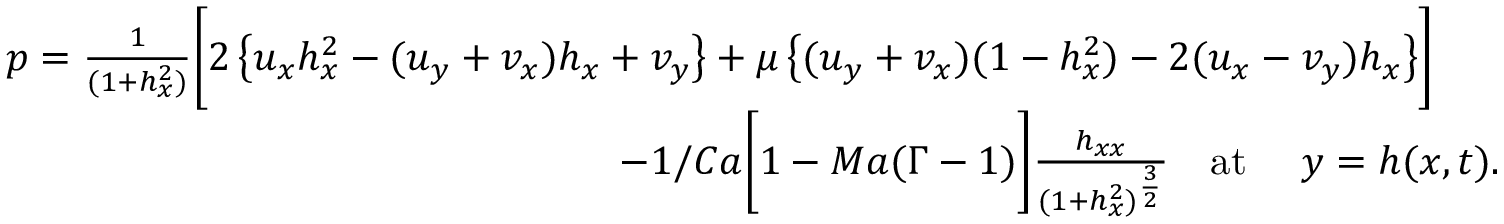
\begin{array} { r l } & { p = \frac { 1 } { ( 1 + h _ { x } ^ { 2 } ) } \biggl [ 2 \left\{ u _ { x } h _ { x } ^ { 2 } - ( u _ { y } + v _ { x } ) h _ { x } + v _ { y } \right\} + \mu \left\{ ( u _ { y } + v _ { x } ) ( 1 - h _ { x } ^ { 2 } ) - 2 ( u _ { x } - v _ { y } ) h _ { x } \right\} \biggr ] } \\ & { ~ ~ ~ ~ ~ ~ ~ ~ ~ ~ ~ ~ ~ ~ ~ ~ ~ ~ ~ ~ ~ ~ ~ ~ ~ ~ ~ ~ ~ ~ ~ ~ ~ ~ ~ ~ ~ ~ ~ ~ ~ ~ ~ ~ ~ - 1 / C a \biggl [ 1 - M a ( \Gamma - 1 ) \biggr ] \frac { h _ { x x } } { ( 1 + h _ { x } ^ { 2 } ) ^ { \frac { 3 } { 2 } } } ~ ~ ~ \mathrm { a t } ~ ~ ~ ~ y = h ( x , t ) . } \end{array}